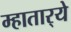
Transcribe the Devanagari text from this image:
म्हातार्‍ये